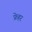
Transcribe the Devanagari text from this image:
फ्रेहर